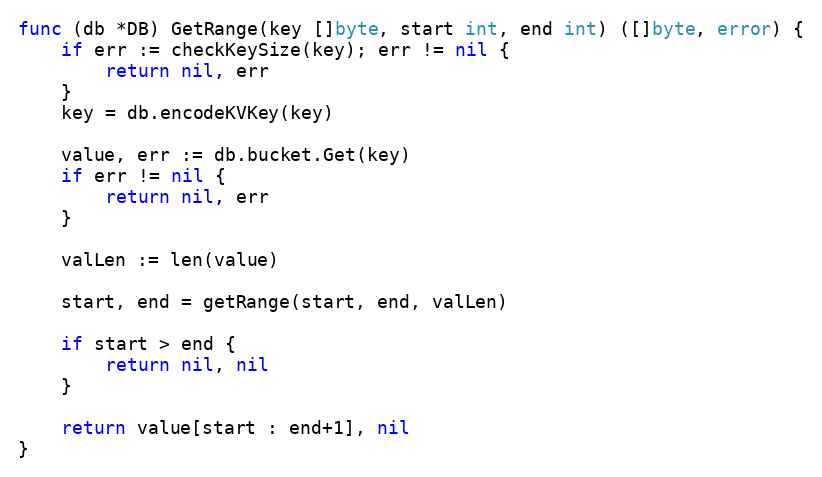
Language: Go
func (db *DB) GetRange(key []byte, start int, end int) ([]byte, error) {
	if err := checkKeySize(key); err != nil {
		return nil, err
	}
	key = db.encodeKVKey(key)

	value, err := db.bucket.Get(key)
	if err != nil {
		return nil, err
	}

	valLen := len(value)

	start, end = getRange(start, end, valLen)

	if start > end {
		return nil, nil
	}

	return value[start : end+1], nil
}